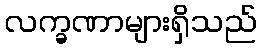
လက္ခဏာများရှိသည်